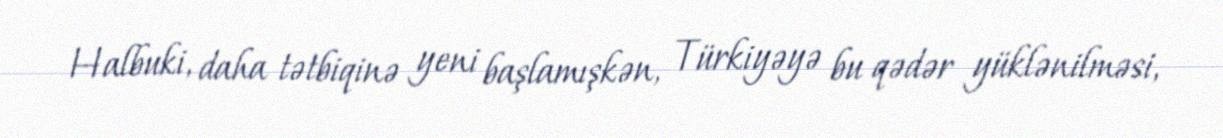
Halbuki, daha tətbiqinə yeni başlamışkən, Türkiyəyə bu qədər yüklənilməsi,